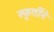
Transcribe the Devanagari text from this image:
स्फूर्तीने